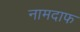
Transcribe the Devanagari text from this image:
नामदाफ